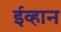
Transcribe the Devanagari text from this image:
ईव्हान